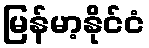
မြန်မာ့နိုင်ငံ